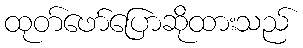
ထုတ်ဖော်ပြောဆိုထားသည်